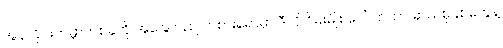
အွန်လိုင်းကမ္ဘာတစ်ခုကို အခြေတည် ကစားရရာမှာ ဒီလို ဂိမ်းမျိုး ပေါ်လာတာ ဆယ်စုနှစ်တွေနဲ့